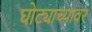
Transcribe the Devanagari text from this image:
घोट्याच्यावर